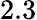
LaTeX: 2.3